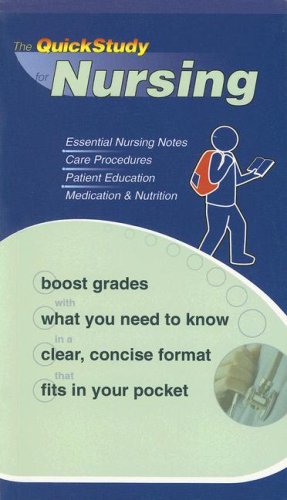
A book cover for Nursing (Quickstudy Books); Inc. BarCharts; Medical Books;